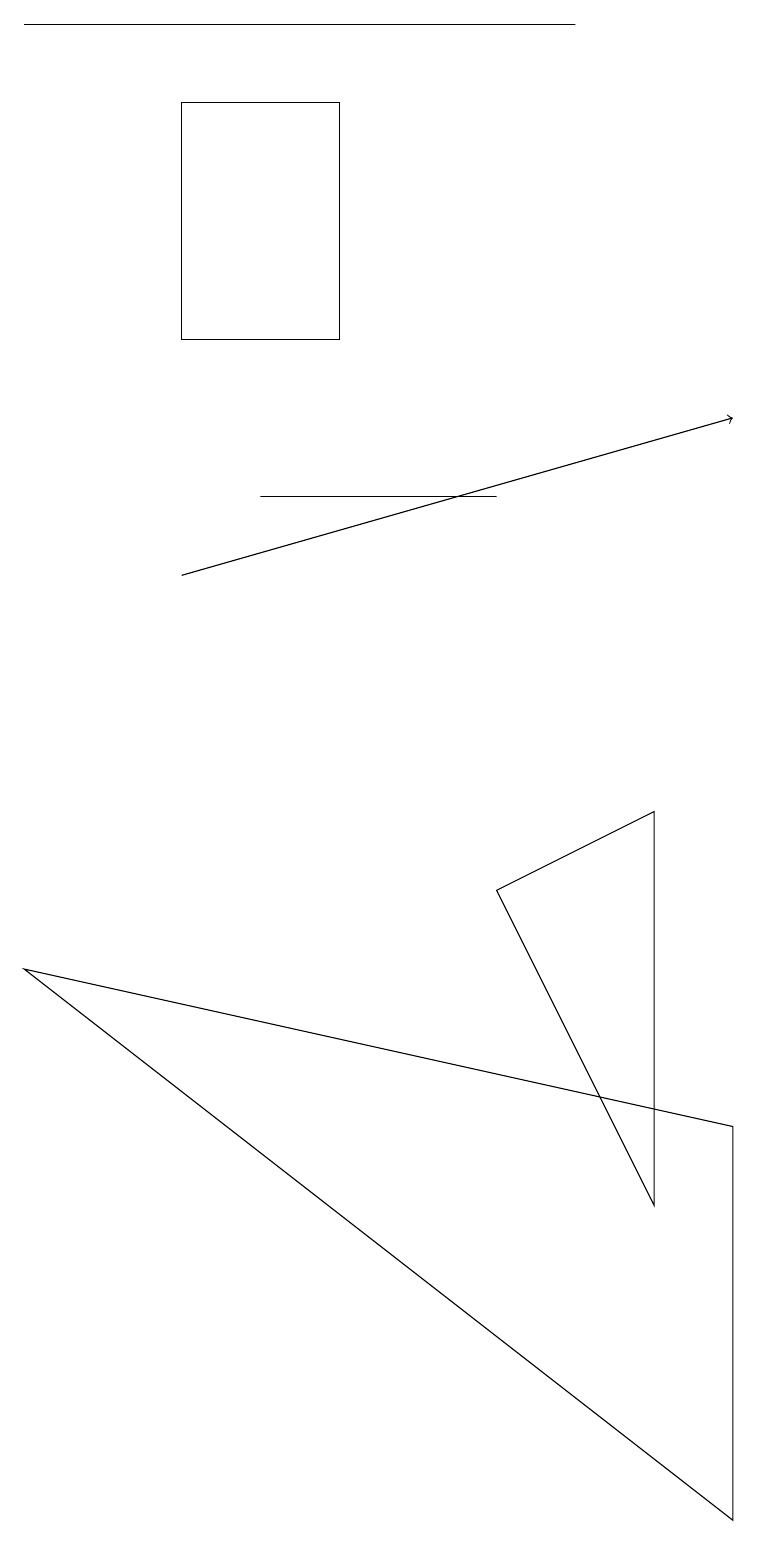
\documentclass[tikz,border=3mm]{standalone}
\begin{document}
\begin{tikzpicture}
\draw[->] (2,12) -- (9,14);
\draw (4,15) rectangle (2,18);
\draw (6,13) rectangle (3,13);
\draw (9,5) -- (0,7) -- (9,0) -- cycle;
\draw (6,8) -- (8,4) -- (8,9) -- cycle;
\draw (0,19) rectangle (7,19);
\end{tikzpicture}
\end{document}